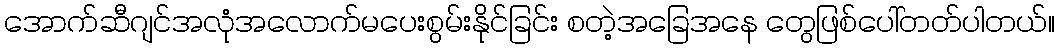
အောက်ဆီဂျင်အလုံအလောက်မပေးစွမ်းနိုင်ခြင်း စတဲ့အခြေအနေ တွေဖြစ်ပေါ်တတ်ပါတယ်။